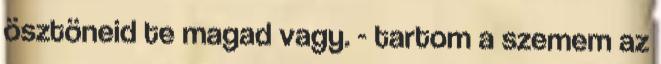
ösztöneid te magad vagy. - tartom a szemem az